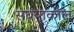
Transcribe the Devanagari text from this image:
संघयाकाल